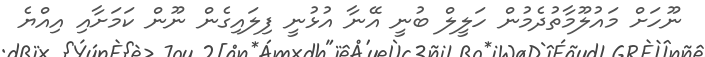
ނޫހަށް މައުލޫމާތުދެމުން ހަލީލް ބުނީ އޭނާ އުޅުނީ ފިލައިގެން ނޫން ކަމަށާއި އިއްޔެ